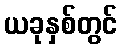
ယခုနှစ်တွင်